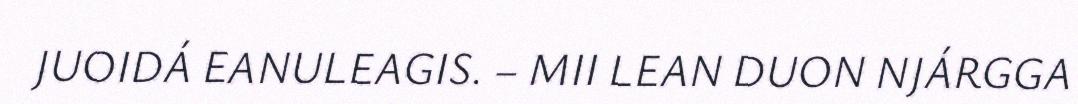
JUOIDÁ EANULEAGIS. – MII LEAN DUON NJÁRGGA